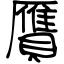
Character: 贋